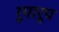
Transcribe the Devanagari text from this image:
रूपारूप